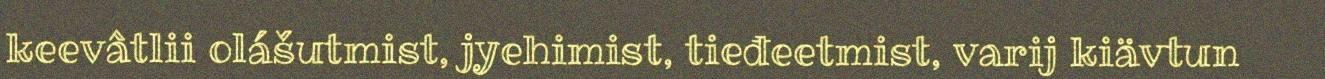
keevâtlii olášutmist, jyehimist, tieđeetmist, varij kiävtun